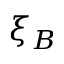
\xi _ { B }